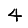
Digit: 4